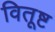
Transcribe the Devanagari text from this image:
वितूष्ट